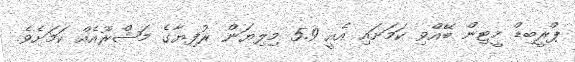
ޕްރީބިޑް މީޓިން ބޭއްވި ކަމަށައި އެއީ 5.9 މިލިޔަން ރުފިޔާގެ މަޝްރޫއެއް ކަމަށެވެ.